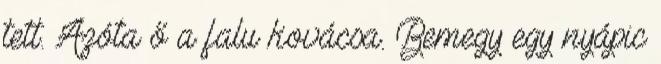
tett. Azóta ő a falu kovácsa. Bemegy egy nyápic